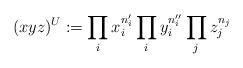
LaTeX: \begin{align*}(xyz)^U:= \prod_ix_i^{n'_i}\prod_i y_i^{n''_i}\prod_j z_j^{n_j} \end{align*}